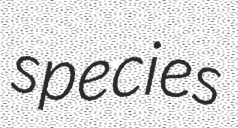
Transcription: species